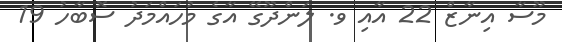
މޫސާ އިނާޒް 22 އާއި ވ. ލަންދޫގޭ އާގެ މުހައްމަދު ސޮބާހު 19